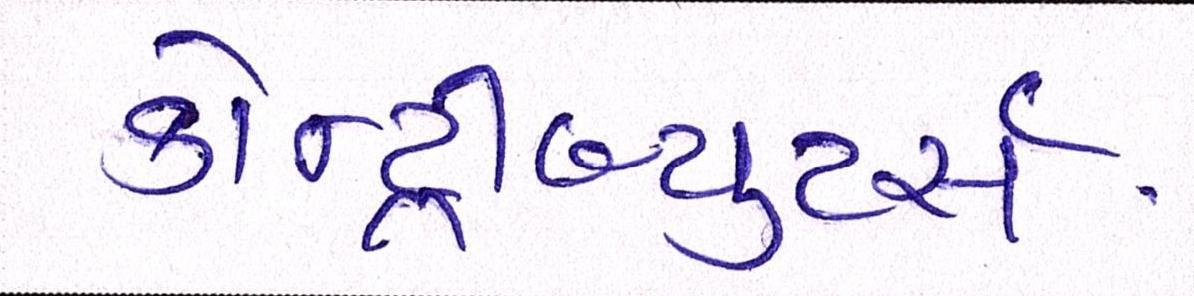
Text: કોન્ટ્રીબ્યૂટર્સઃ